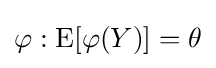
\varphi :\operatorname {E} [\varphi (Y)]=\theta